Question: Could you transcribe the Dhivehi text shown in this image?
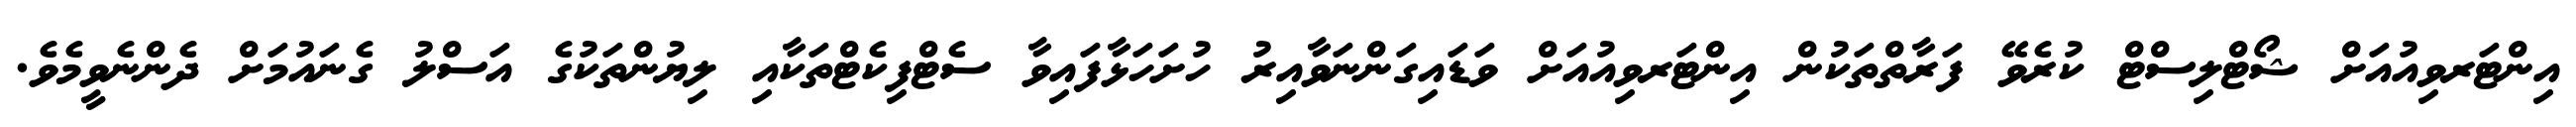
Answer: އިންޓަރވިއުއަށް ޝޯޓްލިސްޓް ކުރެވޭ ފަރާތްތަކުން އިންޓަރވިއުއަށް ވަޑައިގަންނަވާއިރު ހުށަހަޅާފައިވާ ސެޓްފިކެޓްތަކާއި ލިޔުންތަކުގެ އަސްލު ގެނައުމަށް ދެންނެވީމެވެ.